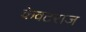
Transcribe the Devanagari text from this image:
केवटराज